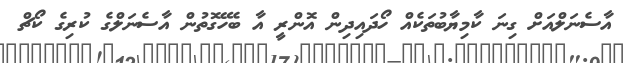
އާސެނަލްއަށް ގިނަ ކާމިޔާބުތަކެއް ހޯދައިދިން އޮންރީ އާ ބެހޭގޮތުން އާސެނަލްގެ ކުރިގެ ކޯޗް